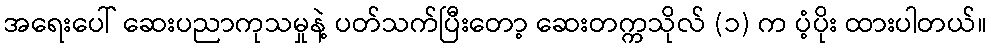
အရေးပေါ် ဆေးပညာကုသမှုနဲ့ ပတ်သက်ပြီးတော့ ဆေးတက္ကသိုလ် (၁) က ပံ့ပိုး ထားပါတယ်။